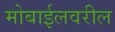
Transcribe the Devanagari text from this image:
मोबाईलवरील